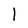
Character: 1